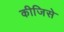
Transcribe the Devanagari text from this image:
कीजिसे